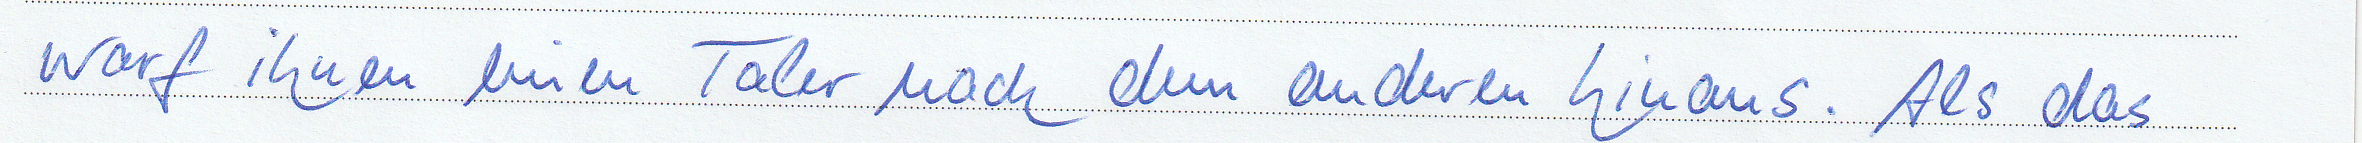
warf ihnen einen Taler nach den anderen hinaus. Als das